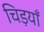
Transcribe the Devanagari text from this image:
चिड़याँ